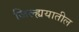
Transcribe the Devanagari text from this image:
जिल्ह्ययातील